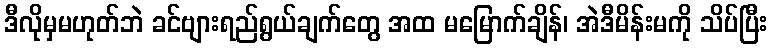
ဒီလိုမှမဟုတ်ဘဲ ခင်ဗျားရည်ရွယ်ချက်တွေ အထ မမြောက်ချိန်၊ အဲဒီမိန်းမကို သိပ်ပြီး